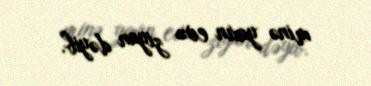
minə yaxın evə ziyan dəyib.